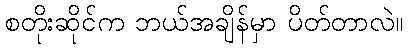
စတိုးဆိုင်က ဘယ်အချိန်မှာ ပိတ်တာလဲ။